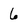
Character: 6